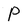
Character: P